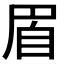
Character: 𦤋